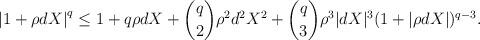
LaTeX: \begin{align*} \left| 1 + \rho d X \right|^{q} \le 1 + q \rho d X + \binom{q}{2}\rho^2 d^2 X^2 + \binom{q}{3}\rho^3|dX|^3(1+|\rho dX|)^{q-3}. \end{align*}